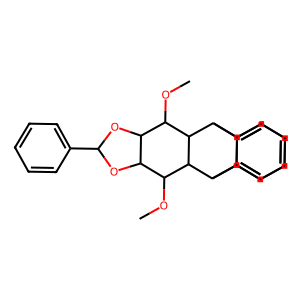
SMILES: COC1C2OC(c3ccccc3)OC2C(OC)C2C3c4ccccc4C(c4ccccc43)C12
Inhibits HIV replication: No